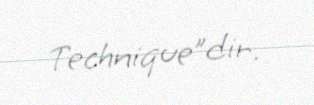
Technique”dir.